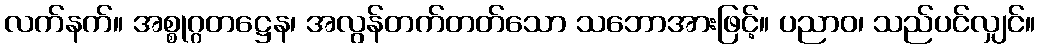
လက်နက်။ အစ္စုဂ္ဂတဋ္ဌေန၊ အလွန်တက်တတ်သော သဘောအားဖြင့်။ ပညာဝ၊ သည်ပင်လျှင်။